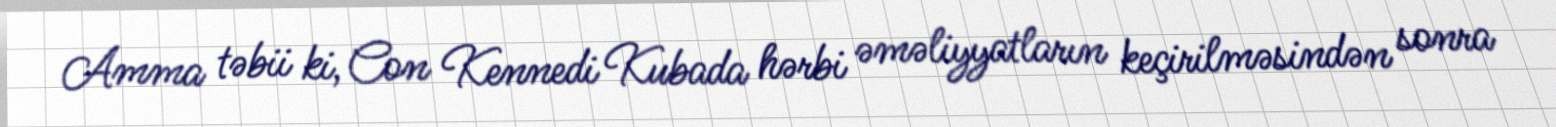
Amma təbii ki, Con Kennedi Kubada hərbi əməliyyatların keçirilməsindən sonra